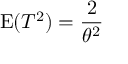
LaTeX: \operatorname { E } ( T ^ { 2 } ) = { \frac { 2 } { \theta ^ { 2 } } }